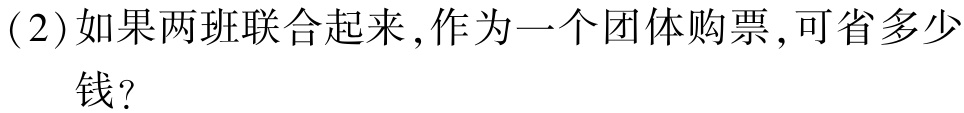
(2)如果两班联合起来，作为一个团体购票，可省多少钱？